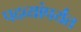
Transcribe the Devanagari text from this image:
पदव्यांपर्यंत